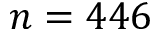
n = 4 4 6